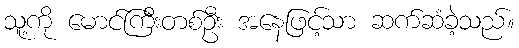
သူ့ကို မောင်ကြီးတစ်ဦး အနေဖြင့်သာ ဆက်ဆံခဲ့သည်။